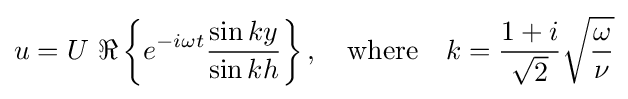
u=U\ \Re \left\{e^{-i\omega t}{\frac {\sin ky}{\sin kh}}\right\},\quad {\text{where}}\quad k={\frac {1+i}{\sqrt {2}}}{\sqrt {\frac {\omega }{\nu }}}